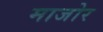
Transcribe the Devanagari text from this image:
माजोर